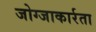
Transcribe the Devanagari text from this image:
जोग्जाकार्रता